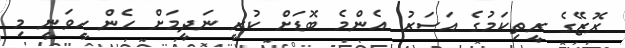
ރޮޒޭގެ ރީތިކަމުގެ އަސަރު އެންމެ ބޮޑަށް ކުރީ ނަދީމަށް ހެން ހީވަނީ މި